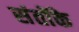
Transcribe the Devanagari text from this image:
संतोंके